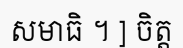
សមាធិ ។ ] ចិត្ត